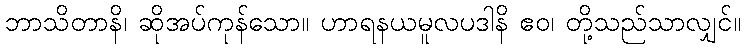
ဘာသိတာနိ၊ ဆိုအပ်ကုန်သော။ ဟာရနယမူလပဒါနိ ဧဝ၊ တို့သည်သာလျှင်။